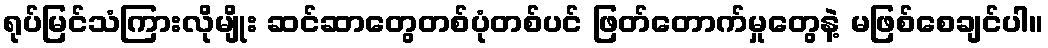
ရုပ်မြင်သံကြားလိုမျိုး ဆင်ဆာတွေတစ်ပုံတစ်ပင် ဖြတ်တောက်မှုတွေနဲ့ မဖြစ်စေချင်ပါ။